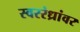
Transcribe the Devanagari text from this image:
स्वररंध्रांवर